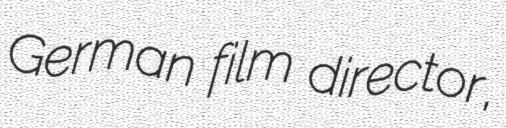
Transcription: German film director,